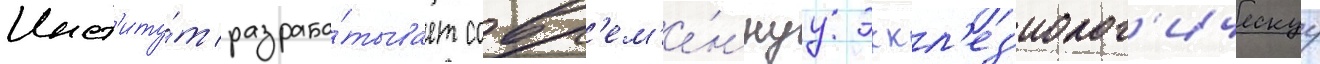
Инст'иту́т разраба́тывает совр'ем'е́ннуу эккл'ез'иолог'ическуу